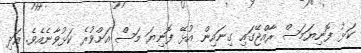
ކަޅު ފޮނިޔަމަސް ރާއްޖޭގައި ގިނައިން އުޅޭ ފޮނިޔަ މަސް އަށްވުރެ ކަޅުވާނެއެވެ. އަދި